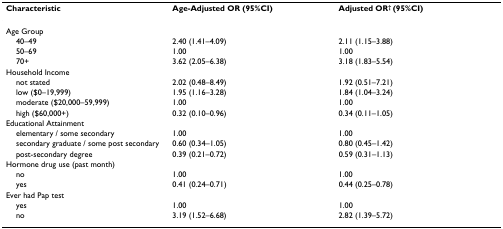
| Characteristic | Age-Adjusted OR (95%CI) | Adjusted OR† (95%CI) |
 | --- | --- | --- |
 | Age Group |  |  |
 | 40–49 | 2.40 (1.41–4.09) | 2.11 (1.15–3.88) |
 | 50–69 | 1.00 | 1.00 |
 | 70+ | 3.62 (2.05–6.38) | 3.18 (1.83–5.54) |
 | Household Income |  |  |
 | not stated | 2.02 (0.48–8.49) | 1.92 (0.51–7.21) |
 | low ($0–19,999) | 1.95 (1.16–3.28) | 1.84 (1.04–3.24) |
 | moderate ($20,000–59,999) | 1.00 | 1.00 |
 | high ($60,000+) | 0.32 (0.10–0.96) | 0.34 (0.11–1.05) |
 | Educational Attainment |  |  |
 | elementary / some secondary | 1.00 | 1.00 |
 | secondary graduate / some post secondary | 0.60 (0.34–1.05) | 0.80 (0.45–1.42) |
 | post-secondary degree | 0.39 (0.21–0.72) | 0.59 (0.31–1.13) |
 | Hormone drug use (past month) |  |  |
 | no | 1.00 | 1.00 |
 | yes | 0.41 (0.24–0.71) | 0.44 (0.25–0.78) |
 | Ever had Pap test |  |  |
 | yes | 1.00 | 1.00 |
 | no | 3.19 (1.52–6.68) | 2.82 (1.39–5.72) |